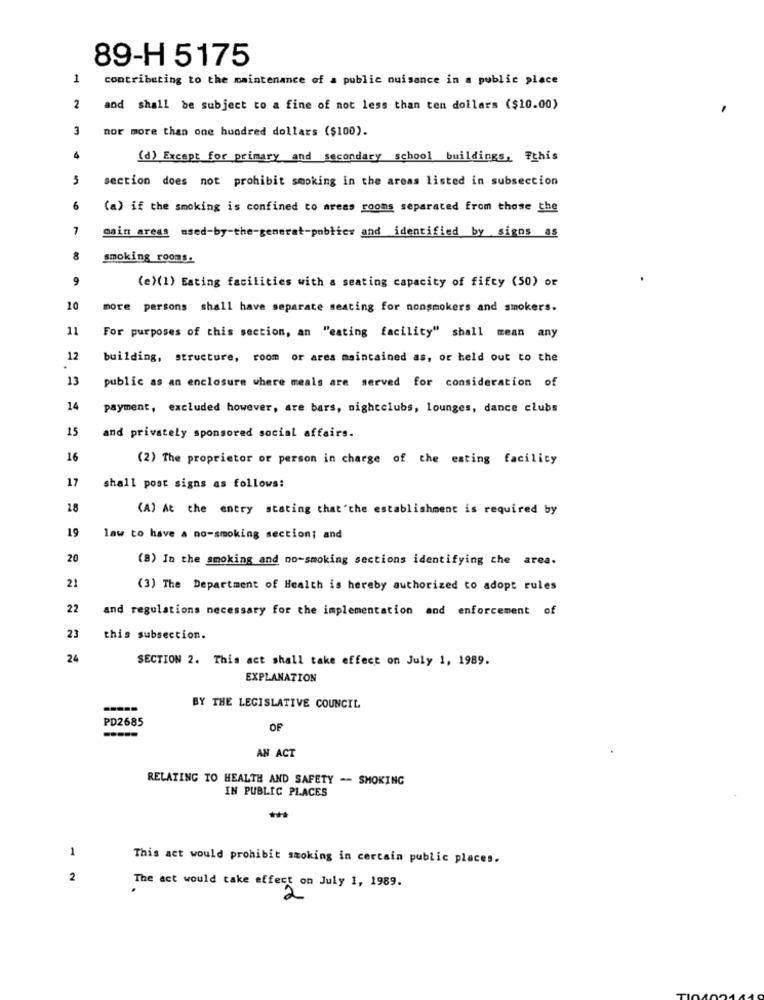
89-H 5175
1
contributing to the maintenance of a public nuisance in a public place
2
and shall be subject to a fine of not less than ten dollars ($10.00)
3
hor more than one hundred dollars ($100).
4
(d) Except for primary and secondary school buildings, Fthis
5
section does not prohibit smoking in the areas listed in subsection
6
(a) if the smoking is confined to areas rooms separated from those the
main areas used-by-the-generat-publics and identified by signs as
8
smoking rooms.
9
(e)(1) Eating facilities with a seating capacity of fifty (50) or
10
more persons shall have separate seating for nonsmokers and smokers.
11
For purposes of this section, an "eating facility" shall mean any
12
building, structure, room or ares maintained as, or held out to the
13
public as an enclosure where meals are served for consideration of
14
payment, excluded however, are bars, nightclubs, lounges, dance clubs
15
and privately sponsored social affairs.
16
(2) The proprietor or person in charge of the eating facility
17
shall post signs as follows:
18
(A) At the entry stating that'the establishment is required by
19
law to have a no-smoking section; and
20
(B) In the smoking and no-smoking sections identifying the area.
21
(3) The Department of Health is hereby authorized to adopt rules
22
and regulations necessary for the implementation and enforcement of
23
this subsection.
24
SECTION 2. This act shall take effect on July 1, 1989.
EXPLANATION
BY THE LEGISLATIVE COUNCIL
PD2685
OF
AN ACT
RELATING TO HEALTH AND SAFETY -- SMOKING
IN PUBLIC PLACES
1
This act would prohibit smoking in certain public places.
2
The act would take effect on July 1, 1989.